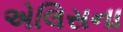
એલિસના